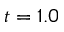
t = 1 . 0